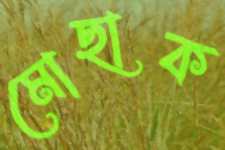
মোছাক